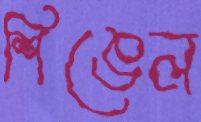
শিঙেল